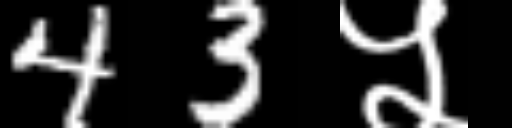
Text: 43५